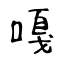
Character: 嘎